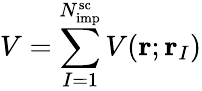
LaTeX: V=\sum_{I=1}^{N_{\mathrm{imp}}^{\mathrm{sc}}}V(\mathbf r;\mathbf r_{I})